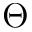
\boldsymbol { \Theta }